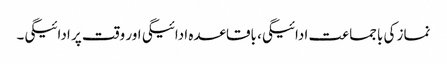
نماز کی باجماعت ادائیگی، باقاعدہ ادائیگی اور وقت پر ادائیگی۔